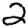
Digit: 2